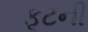
ફૂટની